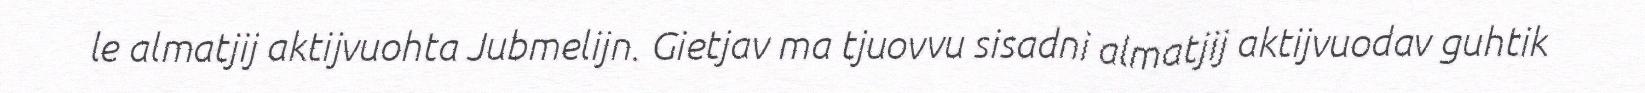
le almatjij aktijvuohta Jubmelijn. Gietjav ma tjuovvu sisadni almatjij aktijvuodav guhtik